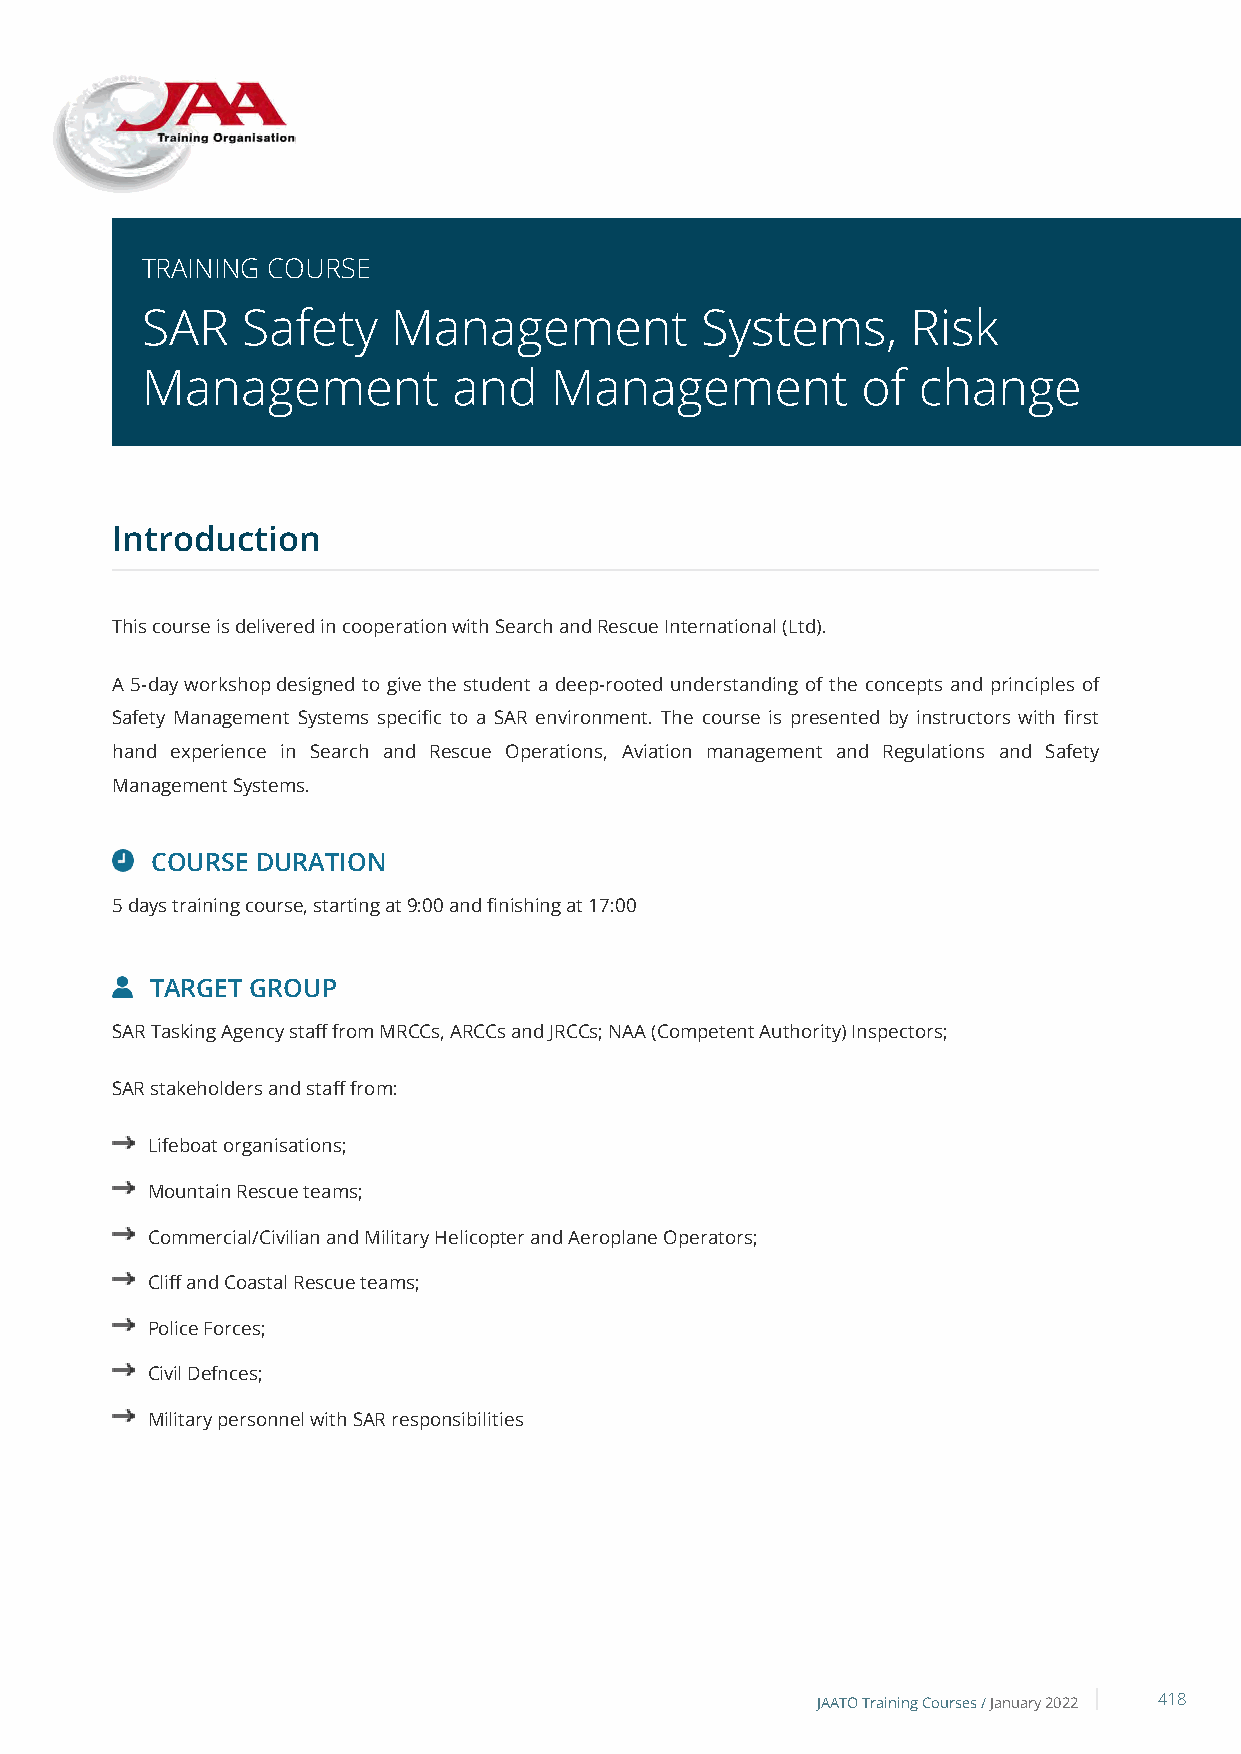
TRAINING COURSE
 SAR    Safety    Management          Systems,      Risk
 Management           and   Management           of  change
 Introduction
 This course is delivered in cooperation with Search and Rescue International (Ltd).
 A 5-day workshop designed to give the student a deep-rooted understanding of the concepts and principles of
 Safety Management Systems specific to a SAR environment. The course is presented by instructors with first
 hand experience in Search and Rescue Operations, Aviation management and Regulations and Safety
 Management Systems.
 COURSE DURATION
 5 days training course, starting at 9:00 and finishing at 17:00
 TARGET GROUP
 SAR Tasking Agency staff from MRCCs, ARCCs and JRCCs; NAA (Competent Authority) Inspectors;
 SAR stakeholders and staff from:
 Lifeboat organisations;
 Mountain Rescue teams;
 Commercial/Civilian and Military Helicopter and Aeroplane Operators;
 Cliff and Coastal Rescue teams;
 Police Forces;
 Civil Defnces;
 Military personnel with SAR responsibilities
 JAATO Training Courses /January 2022 418